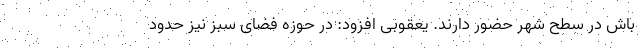
باش در سطح شهر حضور دارند. یعقوبی افزود: در حوزه فضای سبز نیز حدود